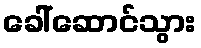
ခေါ်ဆောင်သွား